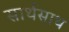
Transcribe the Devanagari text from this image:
सार्थसाथ